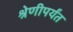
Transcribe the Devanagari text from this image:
श्रेणीपर्यंत